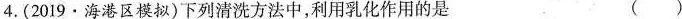
4.(2019·海港区模拟)下列清洗方法中，利用乳化作用的是 ( )